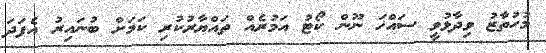
މުހުތާޒު ވިދާޅުވީ ސައްޚަ ނޫން ކޯޓު އަމުރެއް ތައްޔާރުކުރި ކަމަށް ބުނައިރު އެފަދަ